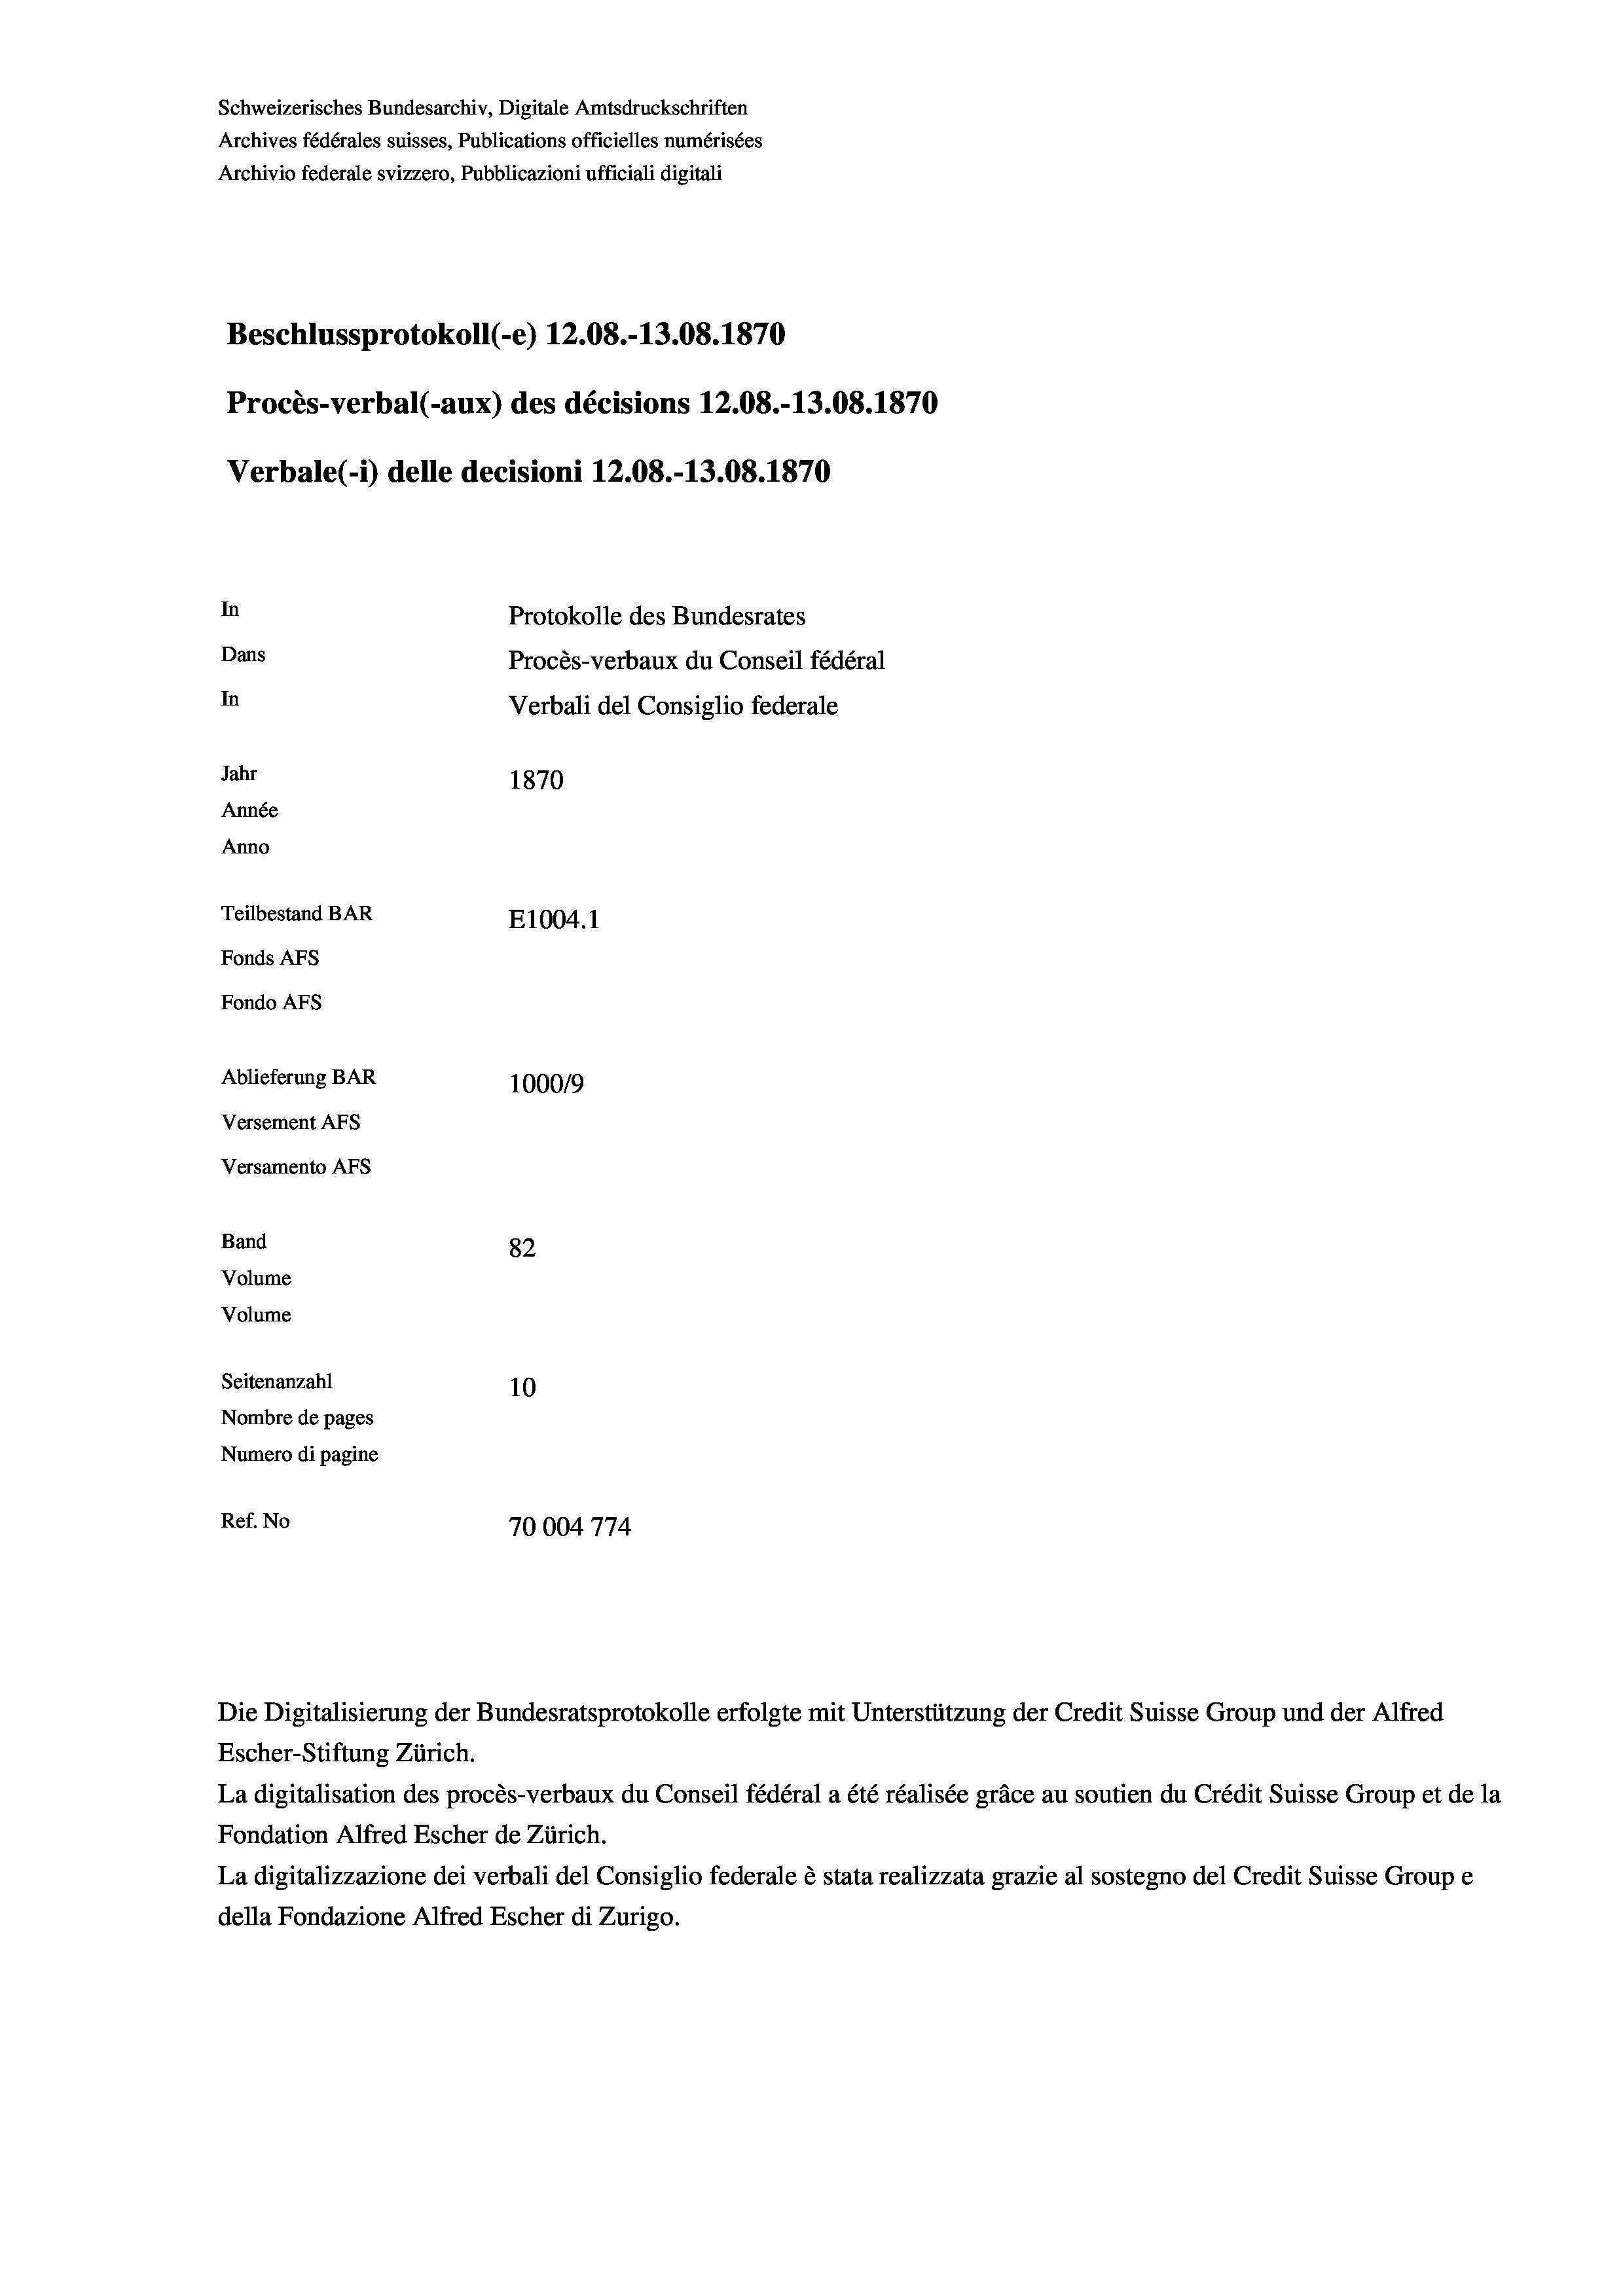
Schweizerisches Bundesarchiv, Digitale Amtsdruckschriften
Archives fédérales suisses, Publications officielles numérisées
Archivio federale svizzero, Pubblicazioni ufficiali digitali
Beschlussprotokoll (-e) 12.08.-13.08. 1870
Procès-verbal (-aux) des décisions 12.08.-13.08. 1870
Verbale(-*) delle decisioni 12.08.-13.08. 1870
In
Protokolle des Bundesrates
Dans
Procès-verbaux du Conseil fédéral
In
Verbali del Consiglio federale
Jahr
1870
Année
Anno
Teilbestand BAR
E1004.1
Fonds AFs
Fondo AFS
Ablieferung BAR
100019
Versement AFs
Versamento AFs

82
10
Nombre de pages
Numero di pagine
Ref. No
70004 774

Band
Volume

Volume
Seitenanzahl

Escher-Stiftung Zürich.

Die Digitalisierung der Bundesratsprotokolle erfolgte mit Unterstützung der Credit Suisse Group und der Alfred

La digitalisation des procès-verbaux du Conseil fédéral a été réalisée gräce au soutien du Crédit Suisse Group et de la
Fondation Alfred Escher de Zürich.
La digitalizzazione dei verbali del Consiglio federale è stata realizzata grazie al sostegno del Credit Suisse Groupe
della Fondazione Alfred Escher di Zurigo.